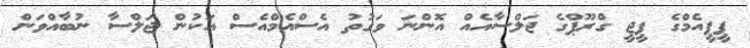
ޕީޕީއެމްގެ ޕީޖީ ގްރޫޕްގެ ޖަލްސާއެއް އޮންނަ ވަގުތު އެސްއެމްއެސް އަކުން ޖަލްސާ ނުބާއްވަން